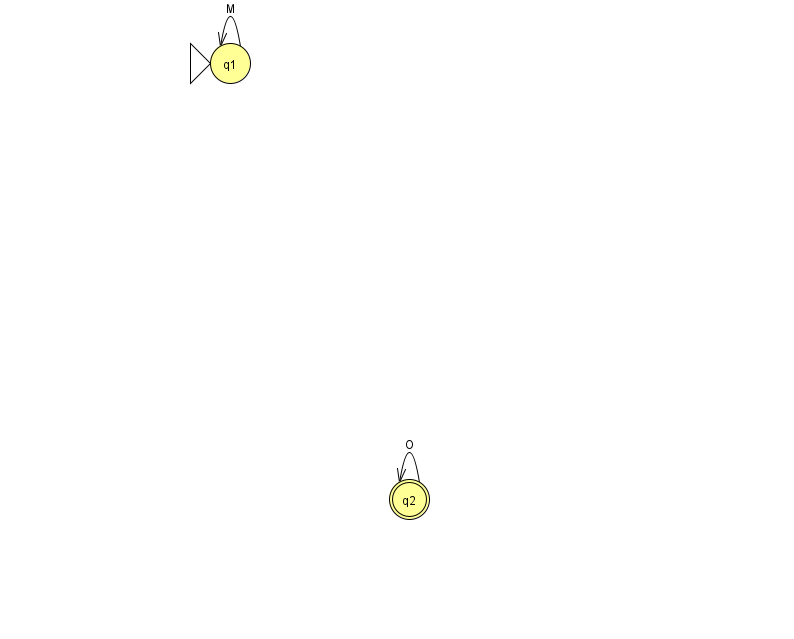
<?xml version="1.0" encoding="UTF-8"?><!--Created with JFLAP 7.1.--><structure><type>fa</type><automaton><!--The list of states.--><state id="1" name="q1"><x>230.0</x><y>50.0</y><initial/></state><state id="2" name="q2"><x>409.0</x><y>486.0</y><final/></state><!--The list of transitions.--><transition><from>1</from><to>1</to><read>M</read></transition><transition><from>2</from><to>2</to><read>O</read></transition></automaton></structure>